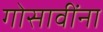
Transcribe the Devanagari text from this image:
गोसावींना